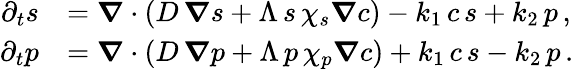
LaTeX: \begin{array}{rl}{\partial_{t}s}&{=\boldsymbol\nabla\cdot\left(D\, \boldsymbol\nabla s+\Lambda\, s\, \chi_{s}\boldsymbol\nabla c\right)-k_{1}\, c\, s+k_{2}\, p\, ,}\\ {\partial_{t}p}&{=\boldsymbol\nabla\cdot\left(D\, \boldsymbol\nabla p+\Lambda\, p\, \chi_{p}\boldsymbol\nabla c\right)+k_{1}\, c\, s-k_{2}\, p\, .}\end{array}